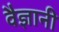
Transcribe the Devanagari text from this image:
वैज्ञानी